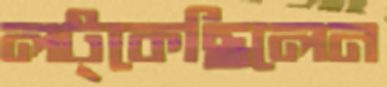
লট্‌কেছিলেন